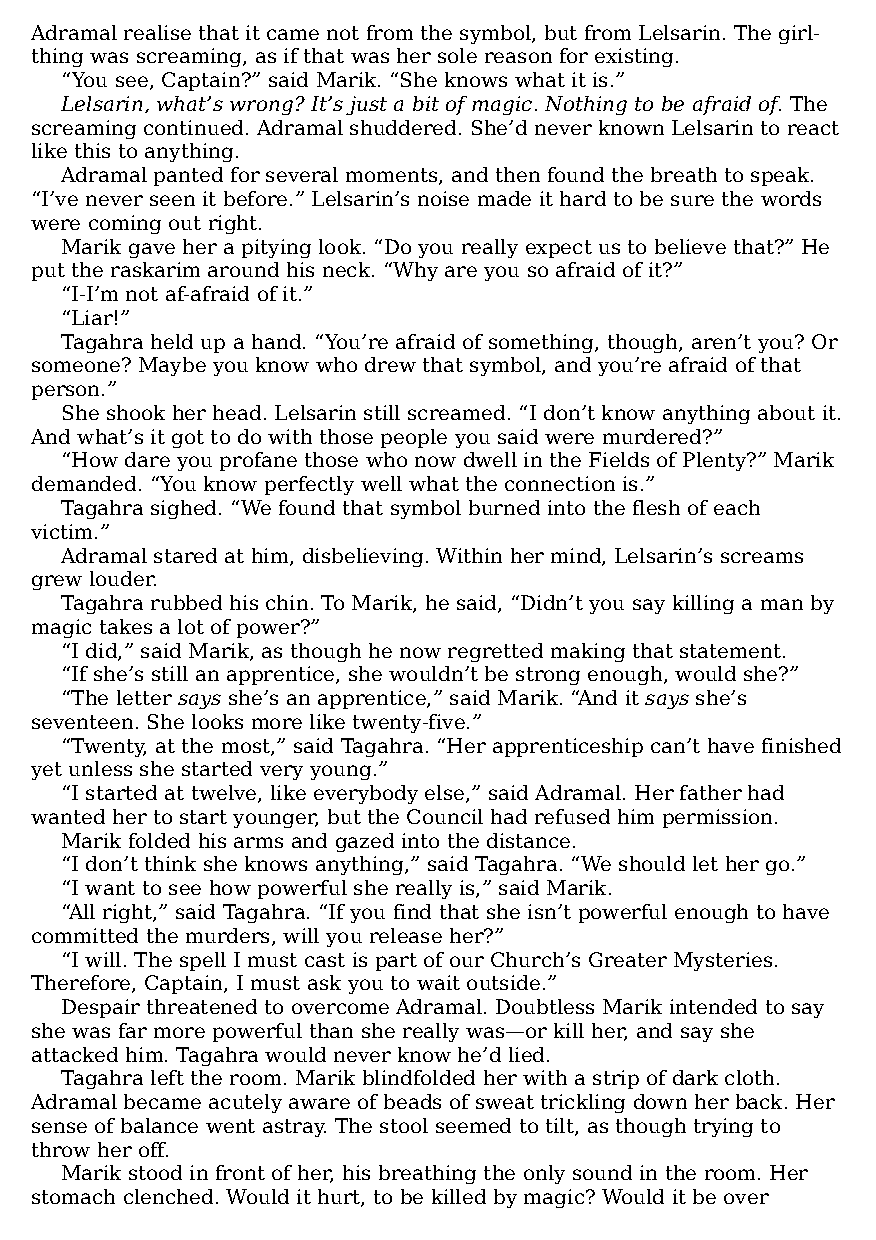
Adramal realise that it came not from the symbol, but from Lelsarin. The girl-
 thing was screaming, as if that was her sole reason for existing.
 “You see, Captain?” said Marik. “She knows what it is.”
 Lelsarin, what’s wrong? It’s just a bit of magic. Nothing to be afraid of. The
 screaming continued. Adramal shuddered. She’d never known Lelsarin to react
 like this to anything.
 Adramal panted for several moments, and then found the breath to speak.
 “I’ve never seen it before.” Lelsarin’s noise made it hard to be sure the words
 were coming out right.
 Marik gave her a pitying look. “Do you really expect us to believe that?” He
 put the raskarim around his neck. “Why are you so afraid of it?”
 “I-I’m not af-afraid of it.”
 “Liar!”
 Tagahra held up a hand. “You’re afraid of something, though, aren’t you? Or
 someone? Maybe you know who drew that symbol, and you’re afraid of that
 person.”
 She shook her head. Lelsarin still screamed. “I don’t know anything about it.
 And what’s it got to do with those people you said were murdered?”
 “How dare you profane those who now dwell in the Fields of Plenty?” Marik
 demanded. “You know perfectly well what the connection is.”
 Tagahra sighed. “We found that symbol burned into the flesh of each
 victim.”
 Adramal stared at him, disbelieving. Within her mind, Lelsarin’s screams
 grew louder.
 Tagahra rubbed his chin. To Marik, he said, “Didn’t you say killing a man by
 magic takes a lot of power?”
 “I did,” said Marik, as though he now regretted making that statement.
 “If she’s still an apprentice, she wouldn’t be strong enough, would she?”
 “The letter says she’s an apprentice,” said Marik. “And it says she’s
 seventeen. She looks more like twenty-five.”
 “Twenty, at the most,” said Tagahra. “Her apprenticeship can’t have finished
 yet unless she started very young.”
 “I started at twelve, like everybody else,” said Adramal. Her father had
 wanted her to start younger, but the Council had refused him permission.
 Marik folded his arms and gazed into the distance.
 “I don’t think she knows anything,” said Tagahra. “We should let her go.”
 “I want to see how powerful she really is,” said Marik.
 “All right,” said Tagahra. “If you find that she isn’t powerful enough to have
 committed the murders, will you release her?”
 “I will. The spell I must cast is part of our Church’s Greater Mysteries.
 Therefore, Captain, I must ask you to wait outside.”
 Despair threatened to overcome Adramal. Doubtless Marik intended to say
 she was far more powerful than she really was—​or kill her, and say she
 attacked him. Tagahra would never know he’d lied.
 Tagahra left the room. Marik blindfolded her with a strip of dark cloth.
 Adramal became acutely aware of beads of sweat trickling down her back. Her
 sense of balance went astray. The stool seemed to tilt, as though trying to
 throw her off.
 Marik stood in front of her, his breathing the only sound in the room. Her
 stomach clenched. Would it hurt, to be killed by magic? Would it be over